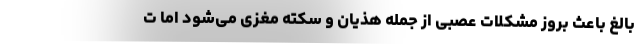
بالغ باعث بروز مشکلات عصبی از جمله هذیان و سکته مغزی می‌شود اما ت